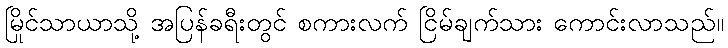
မြိုင်သာယာသို့ အပြန်ခရီးတွင် စကားလက် ငြိမ်ချက်သား ကောင်းလာသည်။